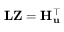
\mathbf { L } \mathbf { Z } = \mathbf { H } _ { \mathbf { u } } ^ { \top }